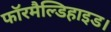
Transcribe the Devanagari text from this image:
फॉरमैल्डिहाइड।